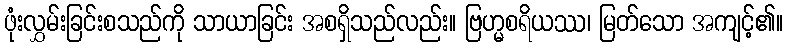
ဖုံးလွှမ်းခြင်းစသည်ကို သာယာခြင်း အစရှိသည်လည်း။ ဗြဟ္မစရိယဿ၊ မြတ်သော အကျင့်၏။